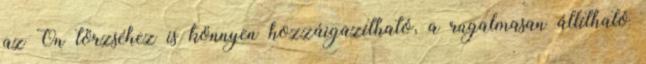
az Ön törzséhez is könnyen hozzáigazítható, a rugalmasan állítható